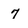
Character: 7